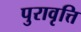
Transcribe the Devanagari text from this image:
पुरावृत्ति